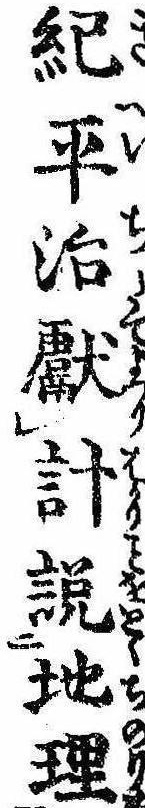
紀平治献計説地理